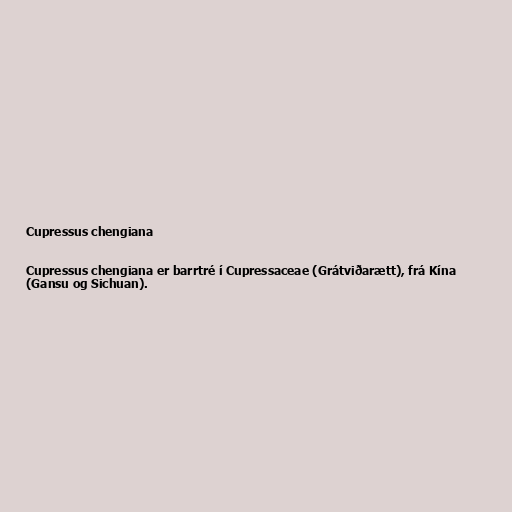
Cupressus chengiana

Cupressus chengiana er barrtré í Cupressaceae (Grátviðarætt), frá Kína
(Gansu og Sichuan).